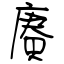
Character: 賡